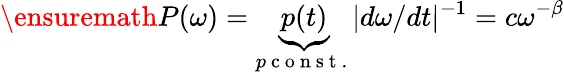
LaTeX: \ensuremath{P(\omega)=\underbrace{p(t)}_{p\mathrm{~c~o~n~s~t~.~}}|d\omega/dt|^{-1}=c\omega^{-\beta}}